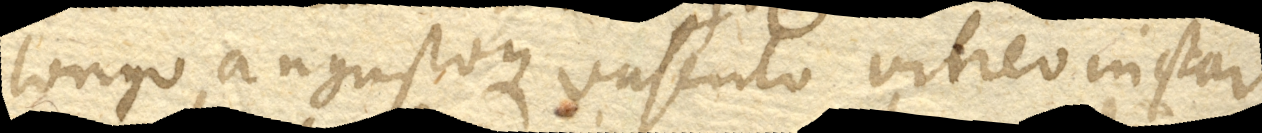
longo angustoque vasculo vitreo instar